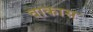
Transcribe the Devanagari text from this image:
वाकास